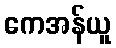
ကေအန်ယူ